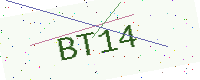
Text: BT14